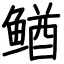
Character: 䲡